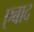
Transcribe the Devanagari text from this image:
एबाद